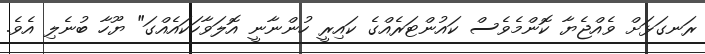
ރަނގަޅަށް ވެއްޖެޔާ ކޮންމެވެސް ކައުންޓަރެއްގެ ކައިރީ ހުންނާނީ އޮލަވާހަކައެއްގަ" ޔޫހާ ބުނެލި އެވެ.